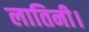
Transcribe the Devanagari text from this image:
लातिनी।